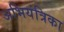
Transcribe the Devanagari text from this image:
अभियंत्रिका